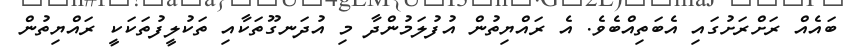
ބައެއް ރަށްރަށުގައި އެބަތިއްބެވެ. އެ ރައްޔިތުން އުފުލަމުންދާ މި އުދަނގޫތަކާއި ތަކުލީފުތަކަކީ ރައްޔިތުން